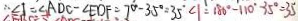
\therefore \angle 1 = \angle A D C - \angle E D F = 7 0 ^ { \circ } - 3 5 ^ { \circ } = 3 5 ^ { \circ } \angle 1 = 1 8 0 ^ { \circ } - 1 1 0 ^ { \circ } 3 5 ^ { \circ } = 3 5